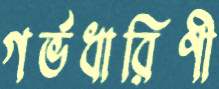
গর্ভধারিণী